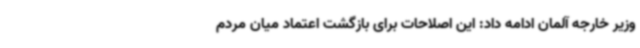
وزیر خارجه آلمان ادامه داد: این اصلاحات برای بازگشت اعتماد میان مردم